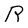
Character: R